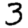
Digit: 3